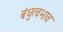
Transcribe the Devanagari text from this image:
बंधुत्वभाव